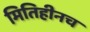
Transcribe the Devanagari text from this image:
मितिहीनच